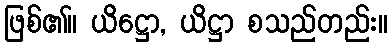
ဖြစ်၏။ ယိဋ္ဌော, ယိဋ္ဌာ စသည်တည်း။